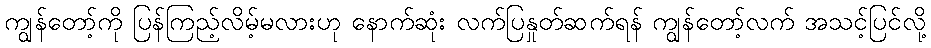
ကျွန်တော့်ကို ပြန်ကြည့်လိမ့်မလားဟု နောက်ဆုံး လက်ပြနှုတ်ဆက်ရန် ကျွန်တော့်လက် အသင့်ပြင်လို့